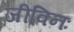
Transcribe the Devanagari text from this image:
जीविनः